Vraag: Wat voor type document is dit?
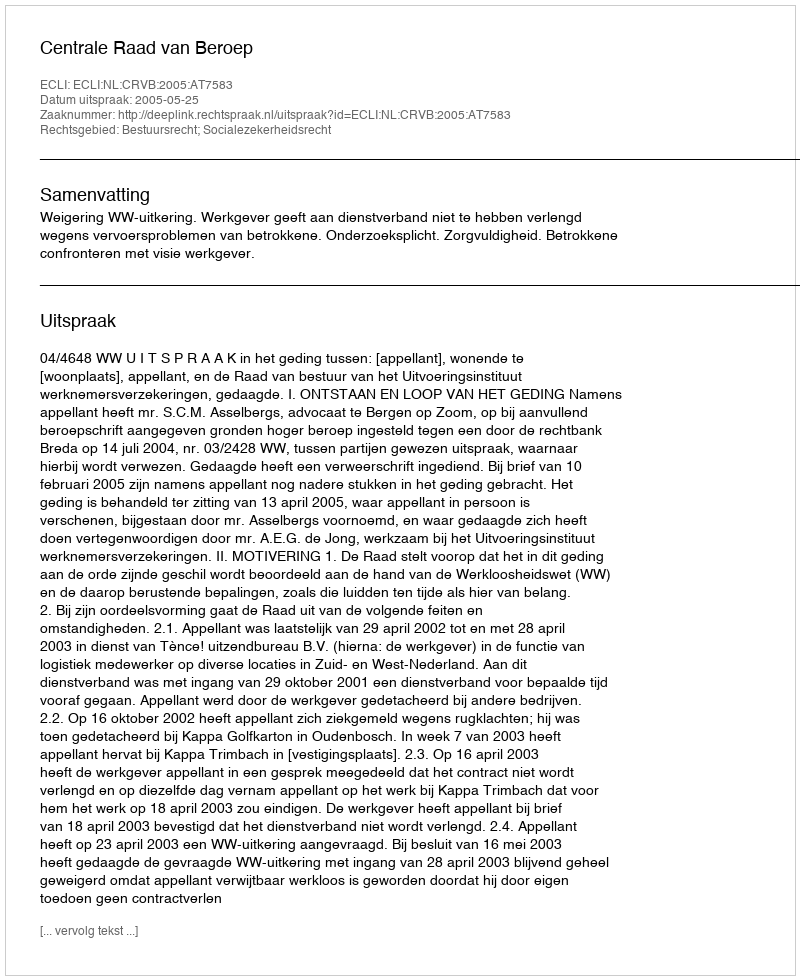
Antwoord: Uitspraak